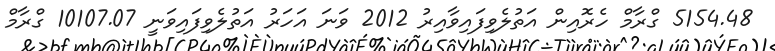
5154.48 ގްރާމް ހެރޮއިން އަތުލެވިފައިވާއިރު 2012 ވަނަ އަހަރު އަތުލެވިފައިވަނީ 10107.07 ގްރާމް